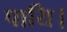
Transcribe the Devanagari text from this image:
पायि।